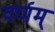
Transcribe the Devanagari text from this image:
वर्णम्